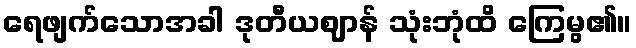
ရေဖျက်သောအခါ ဒုတီယဈာန် သုံးဘုံထိ ကြေမွ၏။